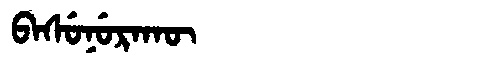
Manchu: ᠪᠠᠰᡠᠨᡠᡵᠠᡴᡡ
Romanization: BASUNURAKŪ